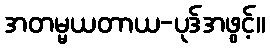
အတမ္မယတာယ-ပုဒ်အဖွင့်။